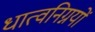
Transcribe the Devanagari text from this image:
धात्वनिग्नयों